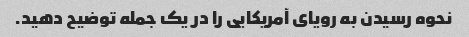
نحوه رسیدن به رویای آمریکایی را در یک جمله توضیح دهید.